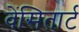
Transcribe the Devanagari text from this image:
वेंसितार्ट